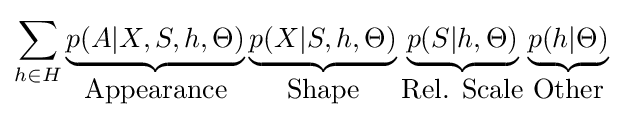
\sum _{h\in H}\underbrace {p(A|X,S,h,\Theta )} _{\mbox{Appearance}}\underbrace {p(X|S,h,\Theta )} _{\mbox{Shape}}\underbrace {p(S|h,\Theta )} _{\mbox{Rel. Scale}}\underbrace {p(h|\Theta )} _{\mbox{Other}}